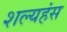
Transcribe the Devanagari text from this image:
शल्यहंस